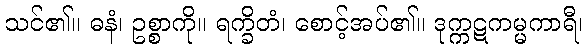
သင်၏။ ဓနံ၊ ဥစ္စာကို။ ရက္ခိတံ၊ စောင့်အပ်၏။ ဒုက္ကဋကမ္မကာရီ၊